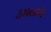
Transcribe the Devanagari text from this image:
उमलणे